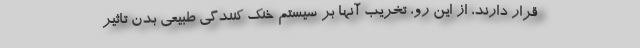
قرار دارند، از این رو، تخریب آنها بر سیستم خنک کنندگی طبیعی بدن تاثیر